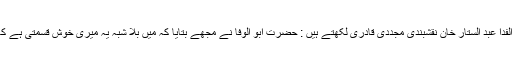
محدث دکن کے خلیفہ اور تذکرہ محدث دکن کے مصنف حصرت ابو الفدا عبد الستار خان نقشبندی مجددی قادری لکھتے ہیں : حضرت ابو الوفا نے مجھے بتایا کہ میں بلا شبہ یہ میری خوش قسمتی ہے کہ مجھے حضرت ابو الحسنات کی صورت میں مرشد کامل میسر ہے۔